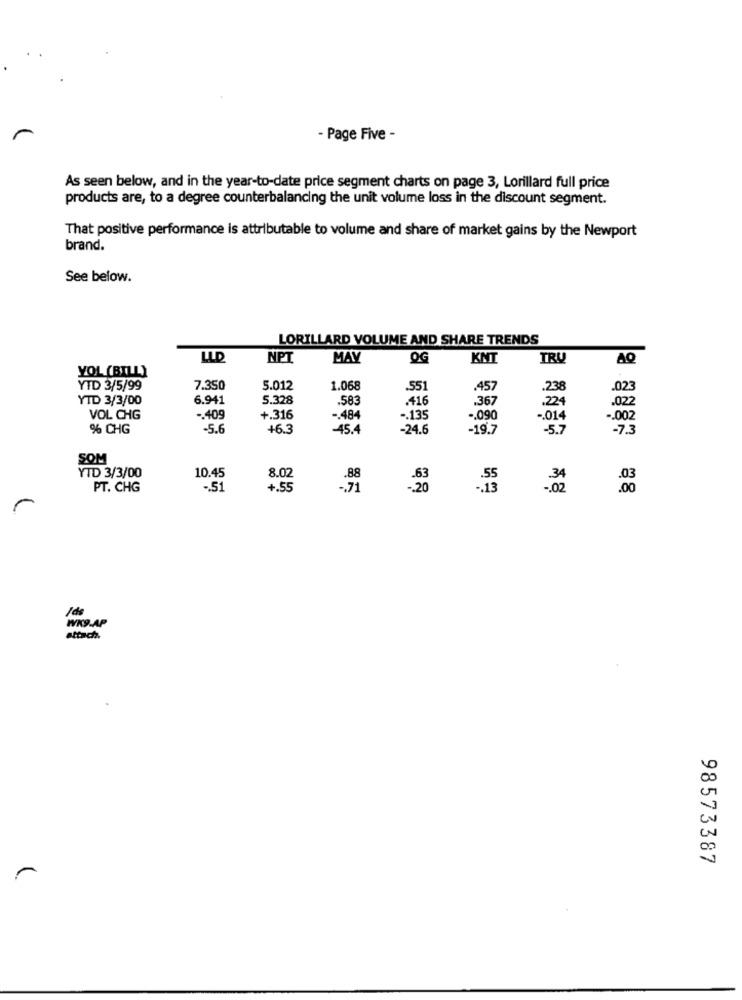
- Page Five -
As seen below, and in the year-to-date price segment charts on page 3, Lorillard full price
products are, to a degree counterbalancing the unit volume loss in the discount segment.
That positive performance is attributable to volume and share of market gains by the Newport
brand.
See below.
LORILLARD VOLUME AND SHARE TRENDS
LLD
NPT
MAY
OG
KMT
TRY
AQ
YOL (BILL)
YTD 3/5/99
7.350
5.012
1.068
.551
.457
.238
.023
YTD 3/3/00
6.941
5.328
.583
.416
.367
.224
.022
VOL CHG
-. 409
+.316
-. 484
-. 135
-. 090
-. 014
-. 002
% CHG
-5.6
+6.3
-45.4
-24.6
-19.7
-5.7
-73
SOM
YTD 3/3/00
10.45
8.02
PT. CHG
-. 51
+.55
-. 71
Ids
WK9.AP
98573387